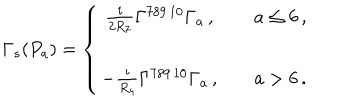
LaTeX: \Gamma _ { s } ( P _ { a } ) = \left\{ \begin{array} { c c c } { { \frac { i } { 2 R _ { 7 } } \Gamma ^ { 7 8 9 \, 1 0 } \Gamma _ { a } \, , } } & { { \hspace { 1 c m } } } & { { a \leq 6 \, , } } \\ { { } } & { { } } & { { } } \\ { { - \frac { i } { R _ { 4 } } \Gamma ^ { 7 8 9 \, 1 0 } \Gamma _ { a } \, , } } & { { \hspace { 1 c m } } } & { { a > 6 \, . } } \\ \end{array} \right.